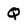
Character: Q